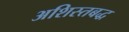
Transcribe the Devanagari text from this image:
अशिस्तबद्ध